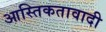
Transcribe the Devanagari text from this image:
आस्तिकतावादी